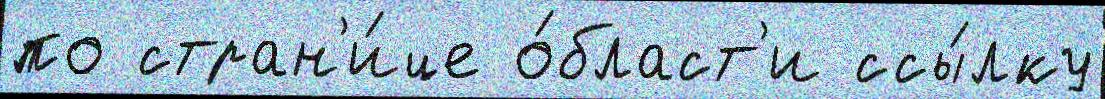
по стран'и́це о́бласт'и ссы́лку